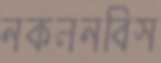
নকলনবিস